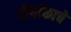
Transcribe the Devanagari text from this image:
दीर्घांकाचे